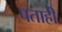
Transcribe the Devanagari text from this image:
पताही